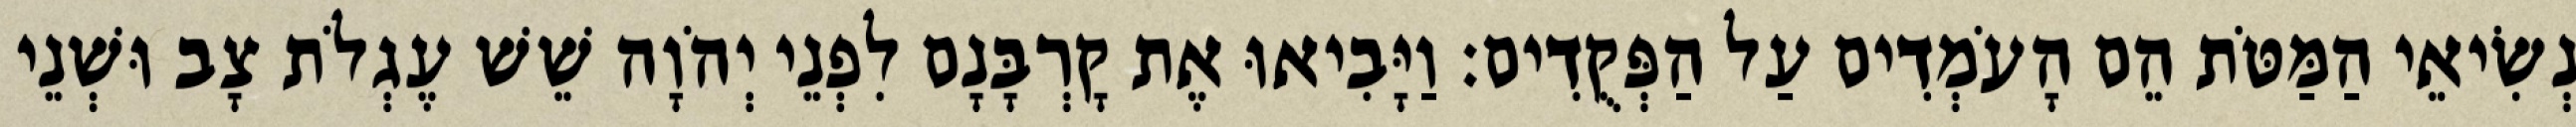
נְשִׂיאֵי הַמַּטֹּת הֵם הָעֹמְדִים עַל הַפְּקֻדִים׃ וַיָּבִיאוּ אֶת קָרְבָּנָם לִפְנֵי יְהֹוָה שֵׁשׁ עֶגְלֹת צָב וּשְׁנֵי